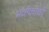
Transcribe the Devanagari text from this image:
भवीकांची